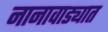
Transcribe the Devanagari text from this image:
नानावाड्यात